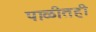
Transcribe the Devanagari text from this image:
पाळीतही